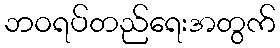
ဘဝရပ်တည်ရေးအတွက်